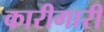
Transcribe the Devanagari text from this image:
कारीगारी